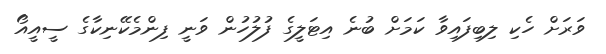
ވަރަށް ހެކި ލިބިފައިވާ ކަމަށް ބުނެ އިޓަލީގެ ފުލުހުން ވަނީ ފިންމެކޭނިކާގެ ސީއީއޯ